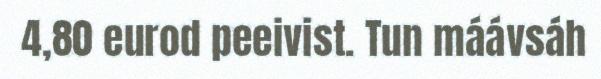
4,80 eurod peeivist. Tun máávsáh